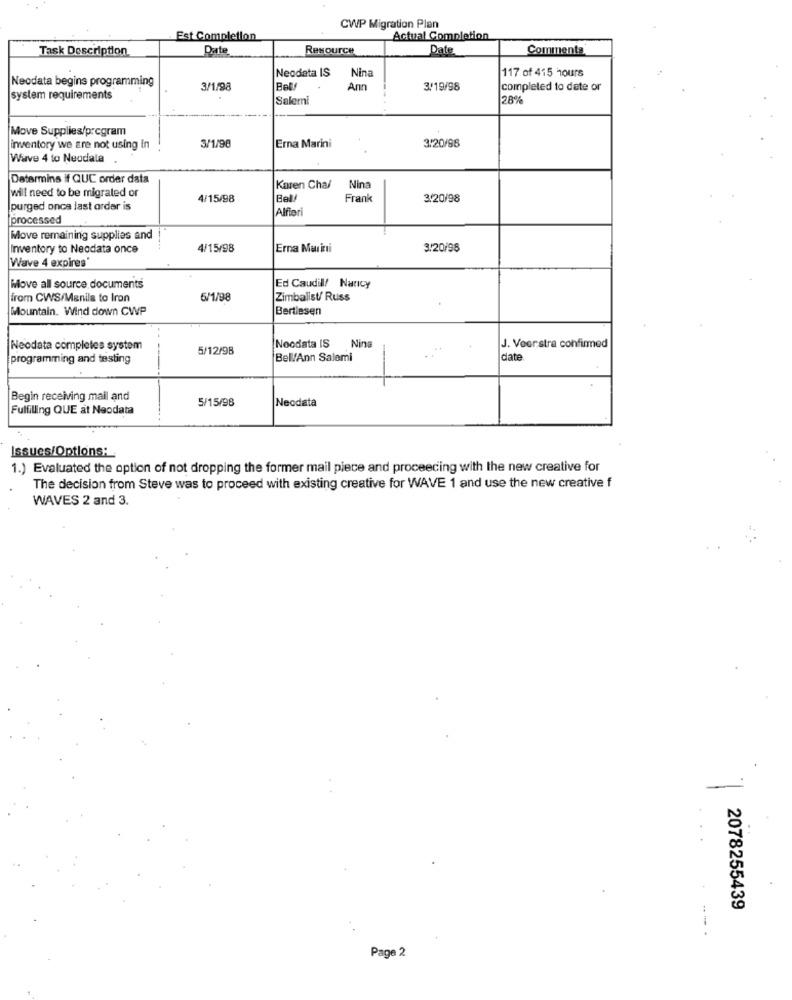
CWP Migration Plan
Est Completion
Actual Completion
Task Description
Date
Resource
Date
Comments
Neodata IS
117 of 415 hours
Neodata begins programming
Nina
3/1/98
Ann
3/19/98
completed to date or
system requirements
Salemi
28%
Move Supplies/program
3.20/98
inventory we are not using in
3/1/98
Erna Marini
Wave 4 to Neodala .
Datermins if QUE order data
Karen Chal
Nin
will need to be migrated or
4/15/98
Bel/
Frank
3/20/98
purged once last order is
Alfiori
processed
Move remaining supplies and
Inventory to Neodata once
4/15/98
Erna Marini
3.20/98
Wave 4 expires'
Move all source documents
Ed Caudill/ Nancy
from CWS/Manila to Iron
6/1/98
Zimbalist/ Russ
Mountain. Wind down CWP
Bertiesen
Noodata IS
Neodata completes system
5/12/98
Nina
J. Veerstra confirmed
programming and testing
Bell/Ann Salemi
-
date
Begin receiving mail and
5/15/98
Fulfilling QUE at Neodata
Neodata
Issues/Options:
1.) Evaluated the option of not dropping the former mail piece and proceeding with the new creative for
The decision from Steve was to proceed with existing creative for WAVE 1 and use the new creative f
WAVES 2 and 3.
-
2078255439
..
Page 2